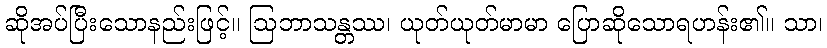
ဆိုအပ်ပြီးသောနည်းဖြင့်။ ဩဘာသန္တဿ၊ ယုတ်ယုတ်မာမာ ပြောဆိုသောရဟန်း၏။ သာ၊